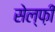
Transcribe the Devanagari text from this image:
सेल्फ़ी